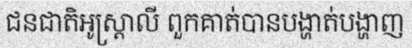
ជនជាតិអូស្ត្រាលី ពួកគាត់បានបង្ហាត់បង្ហាញ